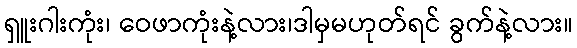
ရှူးဂါးကုံး၊ ဝေဖာကုံးနဲ့လား၊ဒါမှမဟုတ်ရင် ခွက်နဲ့လား။